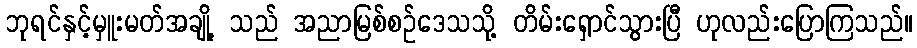
ဘုရင်နှင့်မှူးမတ်အချို့ သည် အညာမြစ်စဉ်ဒေသသို့ တိမ်းရှောင်သွားပြီ ဟုလည်းပြောကြသည်။